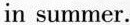
in summer.